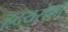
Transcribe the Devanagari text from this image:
हृदयरोगो